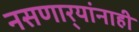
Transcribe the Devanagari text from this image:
नसणार्‍यांनाही